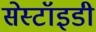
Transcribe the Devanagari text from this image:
सेस्टॉइडी